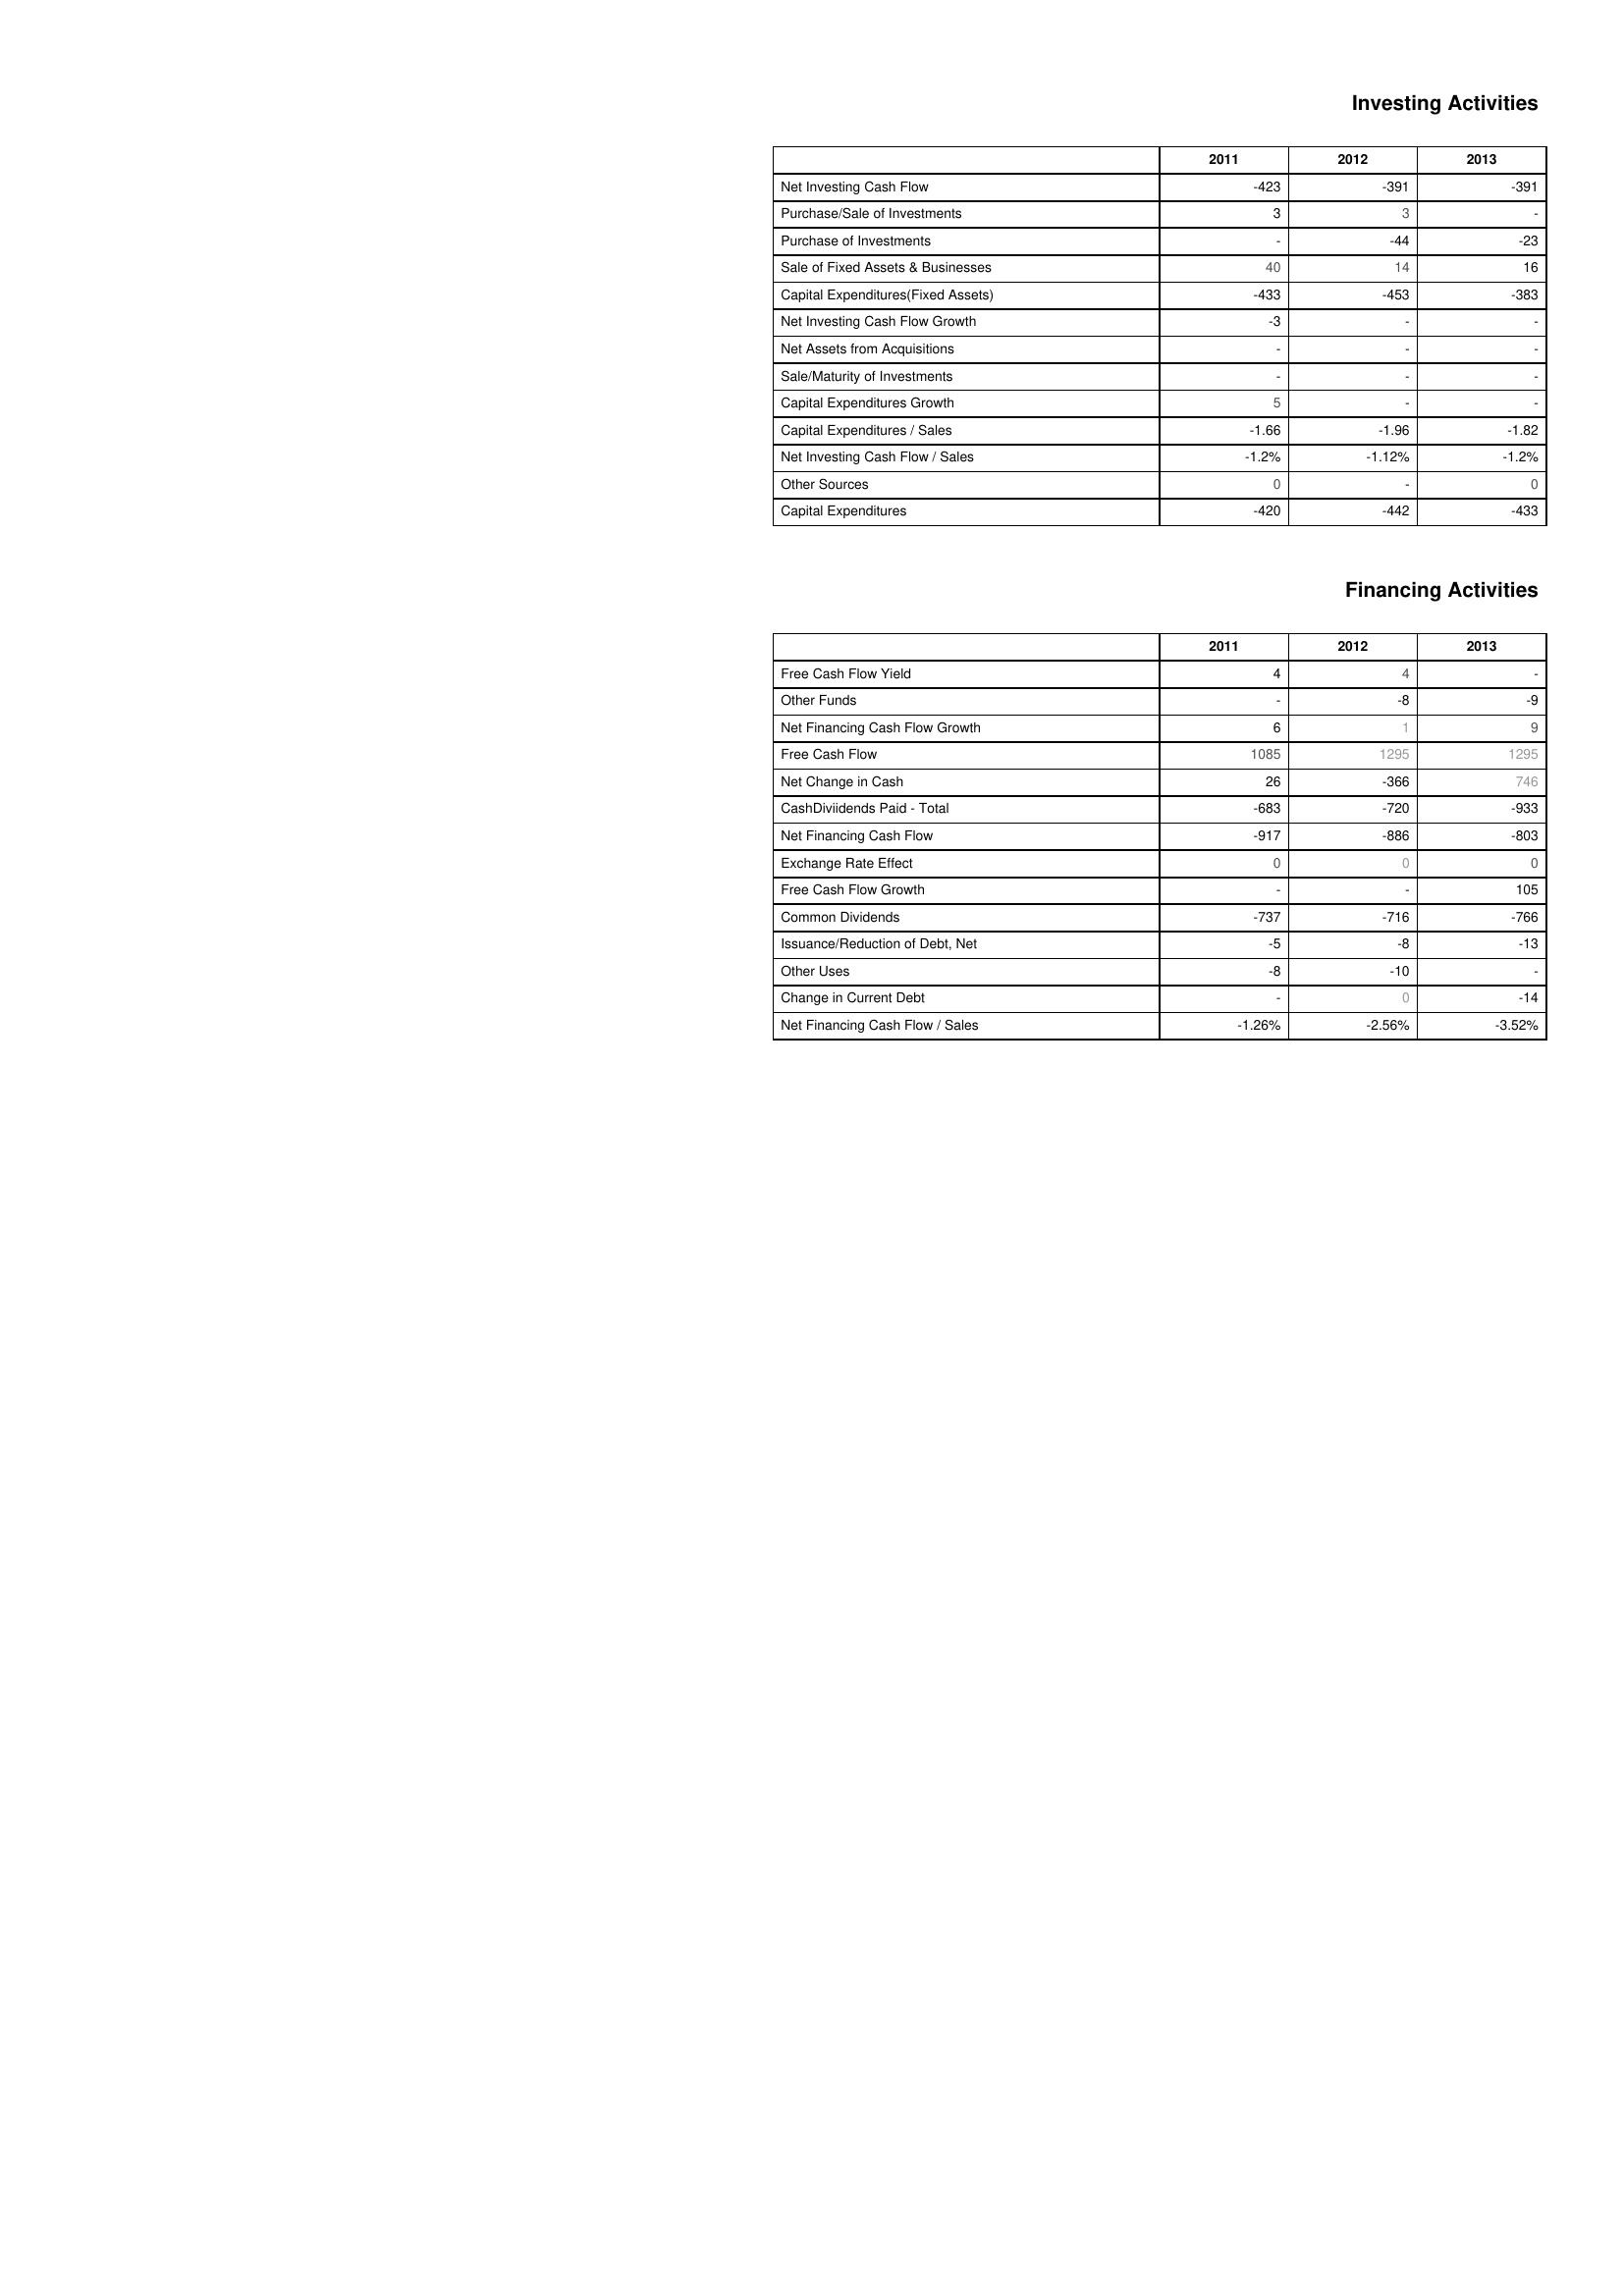
2011: Investing Activities: Net Investing Cash Flow: -423
Purchase/Sale of Investments: 3
Purchase of Investments: -
Sale of Fixed Assets & Businesses: 40
Capital Expenditures(Fixed Assets): -433
Net Investing Cash Flow Growth: -3
Net Assets from Acquisitions: -
Sale/Maturity of Investments: -
Capital Expenditures Growth: 5
Capital Expenditures / Sales: -1.66
Net Investing Cash Flow / Sales: -1.2%
Other Sources: 0
Capital Expenditures: -420
Financing Activities: Free Cash Flow Yield: 4
Other Funds: -
Net Financing Cash Flow Growth: 6
Free Cash Flow: 1085
Net Change in Cash: 26
CashDiviidends Paid - Total: -683
Net Financing Cash Flow: -917
Exchange Rate Effect: 0
Free Cash Flow Growth: -
Common Dividends: -737
Issuance/Reduction of Debt, Net: -5
Other Uses: -8
Change in Current Debt: -
Net Financing Cash Flow / Sales: -1.26%
2012: Investing Activities: Net Investing Cash Flow: -391
Purchase/Sale of Investments: 3
Purchase of Investments: -44
Sale of Fixed Assets & Businesses: 14
Capital Expenditures(Fixed Assets): -453
Net Investing Cash Flow Growth: -
Net Assets from Acquisitions: -
Sale/Maturity of Investments: -
Capital Expenditures Growth: -
Capital Expenditures / Sales: -1.96
Net Investing Cash Flow / Sales: -1.12%
Other Sources: -
Capital Expenditures: -442
Financing Activities: Free Cash Flow Yield: 4
Other Funds: -8
Net Financing Cash Flow Growth: 1
Free Cash Flow: 1295
Net Change in Cash: -366
CashDiviidends Paid - Total: -720
Net Financing Cash Flow: -886
Exchange Rate Effect: 0
Free Cash Flow Growth: -
Common Dividends: -716
Issuance/Reduction of Debt, Net: -8
Other Uses: -10
Change in Current Debt: 0
Net Financing Cash Flow / Sales: -2.56%
2013: Investing Activities: Net Investing Cash Flow: -391
Purchase/Sale of Investments: -
Purchase of Investments: -23
Sale of Fixed Assets & Businesses: 16
Capital Expenditures(Fixed Assets): -383
Net Investing Cash Flow Growth: -
Net Assets from Acquisitions: -
Sale/Maturity of Investments: -
Capital Expenditures Growth: -
Capital Expenditures / Sales: -1.82
Net Investing Cash Flow / Sales: -1.2%
Other Sources: 0
Capital Expenditures: -433
Financing Activities: Free Cash Flow Yield: -
Other Funds: -9
Net Financing Cash Flow Growth: 9
Free Cash Flow: 1295
Net Change in Cash: 746
CashDiviidends Paid - Total: -933
Net Financing Cash Flow: -803
Exchange Rate Effect: 0
Free Cash Flow Growth: 105
Common Dividends: -766
Issuance/Reduction of Debt, Net: -13
Other Uses: -
Change in Current Debt: -14
Net Financing Cash Flow / Sales: -3.52%